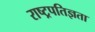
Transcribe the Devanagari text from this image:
राष्ट्रपतिज्ञता